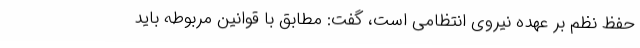
حفظ نظم بر عهده نیروی انتظامی است، گفت: مطابق با قوانین مربوطه باید